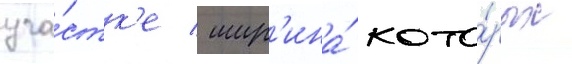
уча́стк'е / шир'ина́ кото́рых